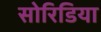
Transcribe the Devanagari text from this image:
सोरिडिया